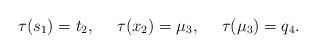
LaTeX: \begin{align*}\tau(s_1)=t_2, \ \ \ \ \tau(x_2)=\mu_3, \ \ \ \ \tau(\mu_3)=q_4.\end{align*}